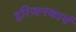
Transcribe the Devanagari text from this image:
हरिजनकार्य